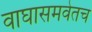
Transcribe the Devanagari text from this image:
वाघासमवेतच